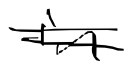
Text: in
Cross-out: double-line
Writing tool: digital_black